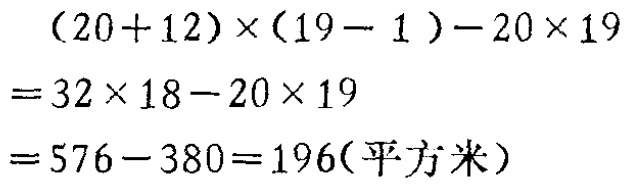
\[

\begin{align*}

&(20 + 12)\times(19 - 1)-20\times19\\

=&32\times18 - 20\times19\\

=&576 - 380\\

=&196(\text{平方米})

\end{align*}

\]